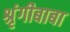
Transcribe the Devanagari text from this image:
श्रृंगीबाबा